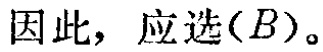
因此，应选\((B)\)。